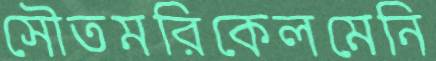
সৌতমরিকেলমেনি